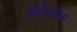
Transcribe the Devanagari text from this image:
अहिल्येचा